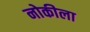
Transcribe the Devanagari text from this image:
नोकीला